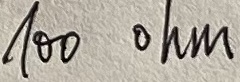
Text: 100 ohm